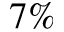
7 \%